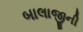
બાલાજીની